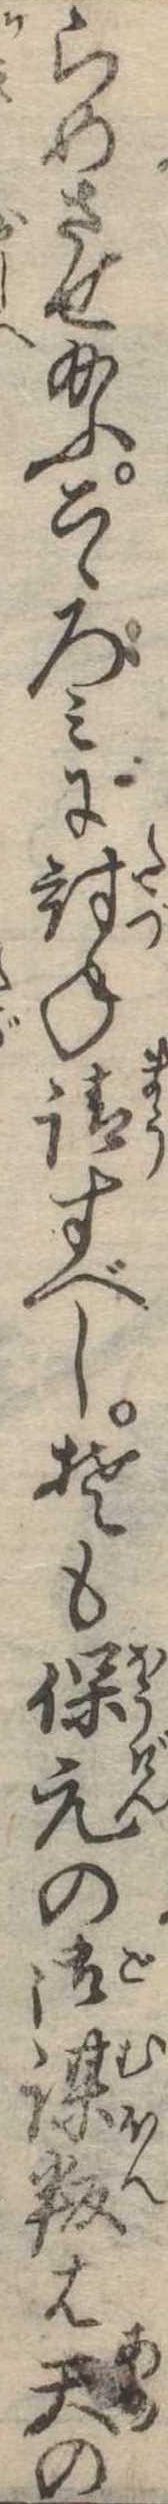
らめさせ給ふこゝろみに討ね請すべしそも保元の御謀叛は天の